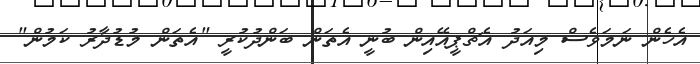
އެހެން ނަމަވެސް މިއަދު އެޗްޕީއޭއިން ބުނީ އެތަން ބަންދުކުރީ "އެތަން މުޑުދާރު ކަމުން"